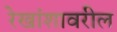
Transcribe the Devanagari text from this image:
रेखांशावरील